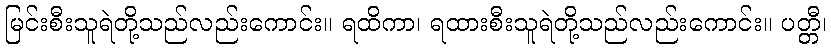
မြင်းစီးသူရဲတို့သည်လည်းကောင်း။ ရထိကာ၊ ရထားစီးသူရဲတို့သည်လည်းကောင်း။ ပတ္တီ၊